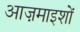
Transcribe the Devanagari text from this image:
आज़माइशों